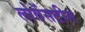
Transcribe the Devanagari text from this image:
लोवेंसटीन